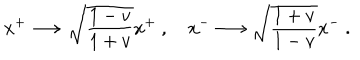
x ^ { + } \longrightarrow \sqrt { { \frac { 1 - v } { 1 + v } } } x ^ { + } \ , x ^ { - } \longrightarrow \sqrt { { \frac { 1 + v } { 1 - v } } } x ^ { - } \ .